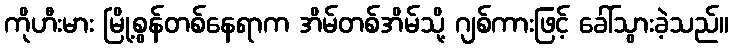
ကိုဟီးမား မြို့စွန်တစ်နေရာက အိမ်တစ်အိမ်သို့ ဂျစ်ကားဖြင့် ခေါ်သွားခဲ့သည်။